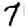
Digit: 7